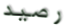
رصيد